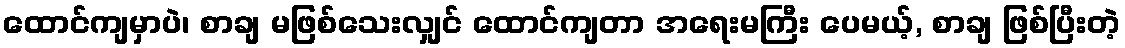
ထောင်ကျမှာပဲ၊ စာချ မဖြစ်သေးလျှင် ထောင်ကျတာ အရေးမကြီး ပေမယ့်, စာချ ဖြစ်ပြီးတဲ့